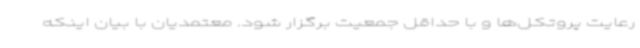
رعایت پروتکل‌ها و با حداقل جمعیت برگزار شود. معتمدیان با بیان اینکه